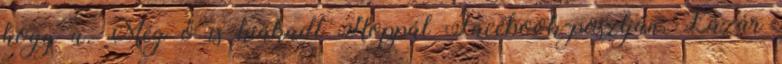
hogy a. Még ő is kiakadt Hoppál Facebook-posztján. Lázár